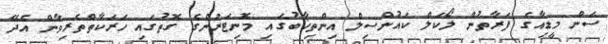
ސަން މީޑިއާގެ ފަރާތުން ލޯކަލް ކައުންސިލް އިންތިޚާބުގައި މޮނިޓަރުންގެ ގޮތުގައި ހަރަކާތްތެރިވާން އެދޭ